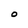
Character: O